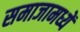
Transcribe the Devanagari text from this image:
समाजामध्यें